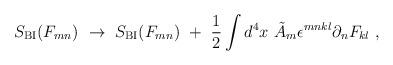
LaTeX: \begin{align*}S_{\rm BI}(F_{mn})\ \rightarrow\ S_{\rm BI}(F_{mn})\ +\ {1\over 2}\int d^4x\ \tilde A_m\epsilon^{mnkl}\partial_n F_{kl}\ ,\end{align*}